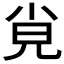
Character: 𡭪